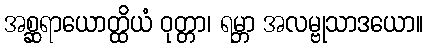
အစ္ဆရာယောတ္ထိယံ ဝုတ္တာ၊ ရမ္ဘာ အလမ္ဗုသာဒယော။